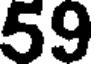
59